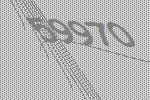
59970